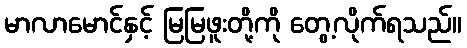
မာလာမောင်နှင့် မြမြဖူးတို့ကို တွေ့လိုက်ရသည်။